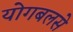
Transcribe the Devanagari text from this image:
योगबलसे